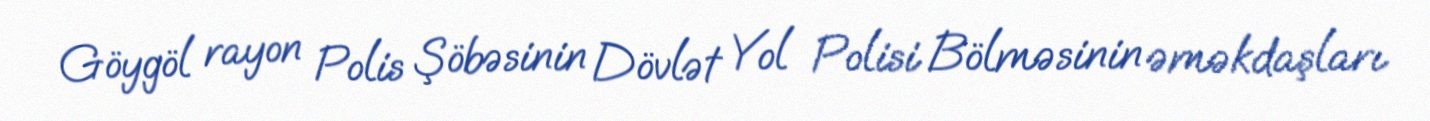
Göygöl rayon Polis Şöbəsinin Dövlət Yol Polisi Bölməsinin əməkdaşları